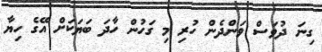
ގިނަ ދުވަސް ވަންދެން ހުރި މި ގަހުން ހާދަ ބަޔަކަށް އޭގެ ހިޔާ